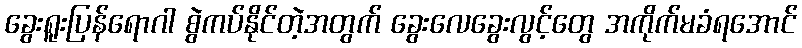
ခွေးရူးပြန်ရောဂါ စွဲကပ်နိုင်တဲ့အတွက် ခွေးလေခွေးလွင့်တွေ အကိုက်မခံရအောင်